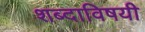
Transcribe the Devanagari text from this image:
शब्दाविषयी